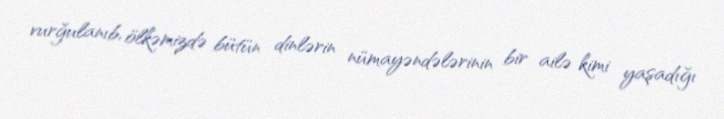
vurğulanıb, ölkəmizdə bütün dinlərin nümayəndələrinin bir ailə kimi yaşadığı